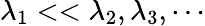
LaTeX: \lambda_{1}<<\lambda_{2},\lambda_{3},\cdots